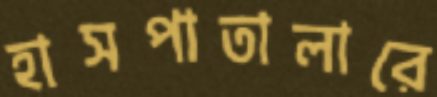
হাসপাতালারে